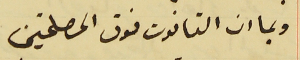
وبما ان القانون فوق المصلحتين